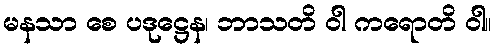
မနသာ စေ ပဒုဋ္ဌေန၊ ဘာသတိ ဝါ ကရောတိ ဝါ။